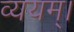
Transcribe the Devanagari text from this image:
व्ययम्।